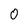
Character: 0